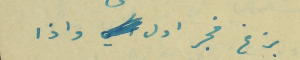
بزغ فجر اول  واذا